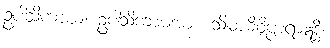
ဥပါသိကာယ၊ ဥပါသိကာမအား။ သိမာဓိဝိပ္ပာရာဣဒ္ဓိ၊